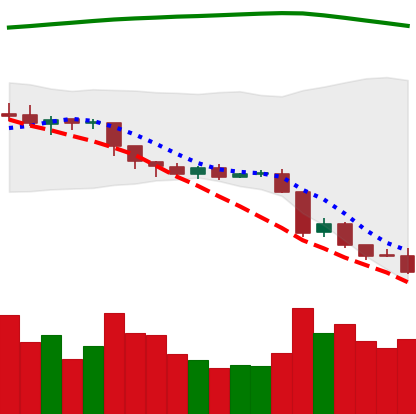
Ticker: EOS-USD
Chart end date: 2018-08-13
Forward return: 10.337%
Label: up_7plus